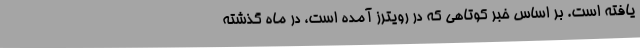
یافته است. بر اساس خبر کوتاهی که در رویترز آمده است، در ماه گذشته